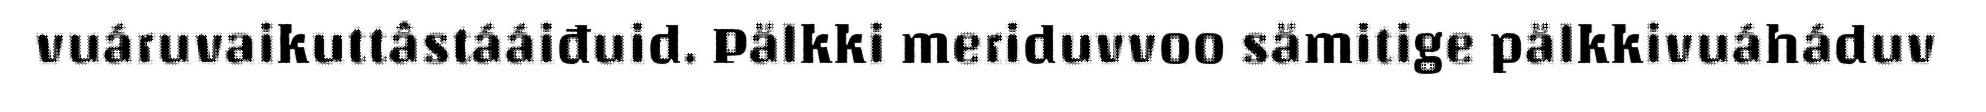
vuáruvaikuttâstááiđuid. Pälkki meriduvvoo sämitige pälkkivuáháduv